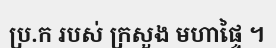
ប្រ.ក របស់ ក្រសួង មហាផ្ទៃ ។